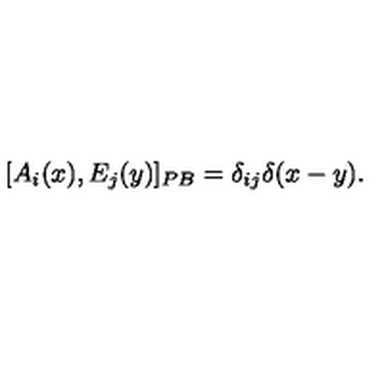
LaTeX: [ A _ { i } ( x ) , E _ { j } ( y ) ] _ { P B } = \delta _ { i j } \delta ( x - y ) .